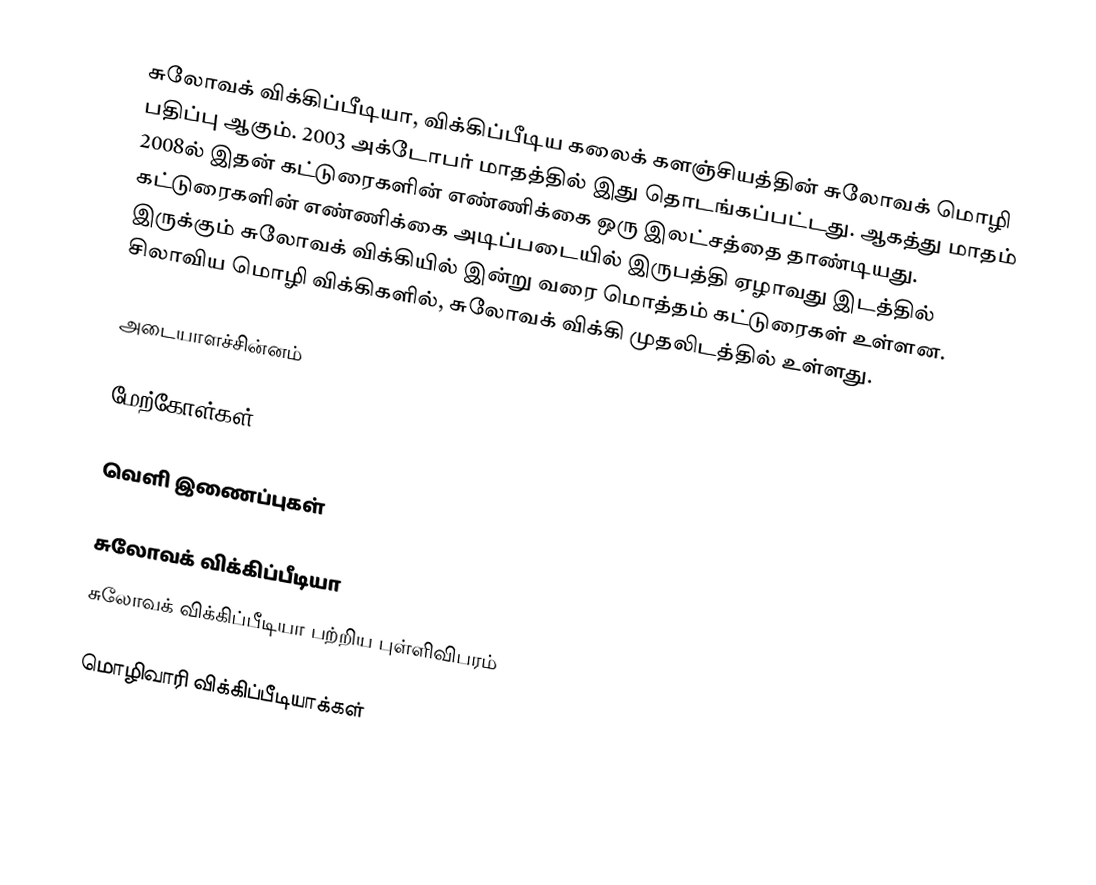
சுலோவக் விக்கிப்பீடியா, விக்கிப்பீடிய கலைக் களஞ்சியத்தின் சுலோவக் மொழி பதிப்பு ஆகும். 2003 அக்டோபர் மாதத்தில் இது தொடங்கப்பட்டது. ஆகத்து மாதம் 2008ல் இதன் கட்டுரைகளின் எண்ணிக்கை ஒரு இலட்சத்தை தாண்டியது. கட்டுரைகளின் எண்ணிக்கை அடிப்படையில் இருபத்தி ஏழாவது இடத்தில் இருக்கும் சுலோவக் விக்கியில் இன்று வரை மொத்தம் கட்டுரைகள் உள்ளன. சிலாவிய மொழி விக்கிகளில், சுலோவக் விக்கி முதலிடத்தில் உள்ளது.

அடையாளச்சின்னம்

மேற்கோள்கள்

வெளி இணைப்புகள்

சுலோவக் விக்கிப்பீடியா
சுலோவக் விக்கிப்பீடியா பற்றிய புள்ளிவிபரம்

மொழிவாரி விக்கிப்பீடியாக்கள்